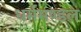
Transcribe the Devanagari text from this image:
धर्ममण्डल